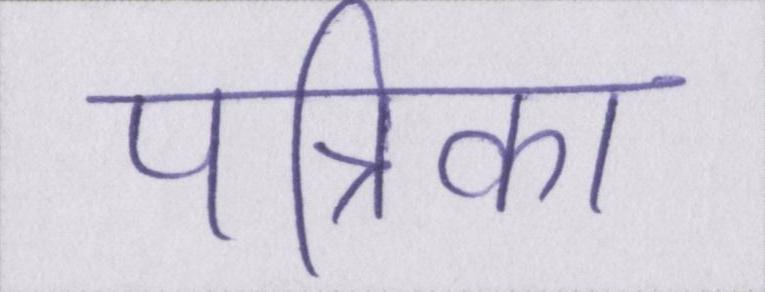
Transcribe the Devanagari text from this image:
पत्रिका